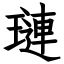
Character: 璉